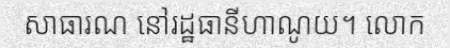
សាធារណ នៅរដ្ឋធានីហាណូយ។ លោក